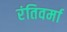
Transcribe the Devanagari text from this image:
रंतिवर्मा